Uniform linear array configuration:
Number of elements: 24
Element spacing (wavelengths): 0.25
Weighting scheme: kaiser
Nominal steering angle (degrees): -30
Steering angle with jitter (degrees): -30.426
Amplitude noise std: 0.05
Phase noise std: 0.05

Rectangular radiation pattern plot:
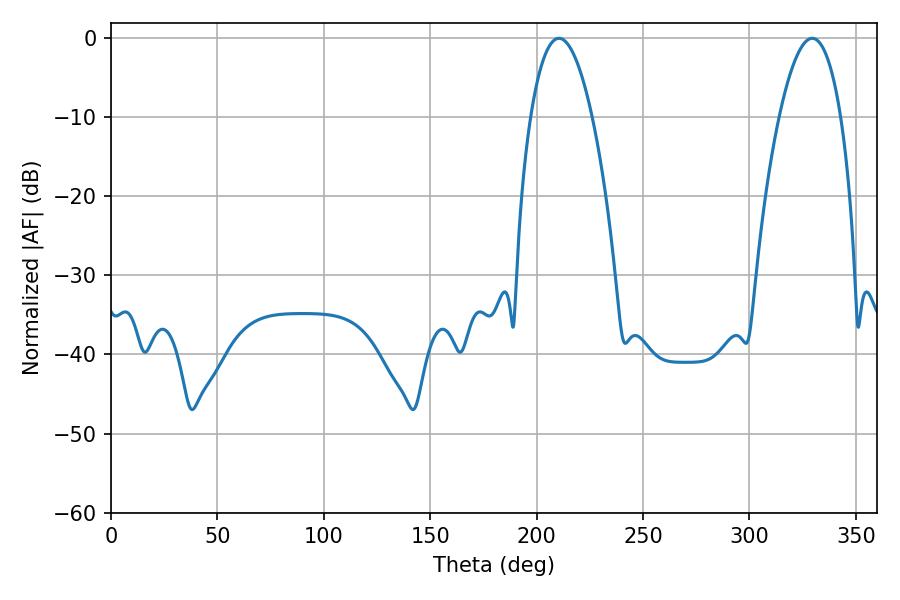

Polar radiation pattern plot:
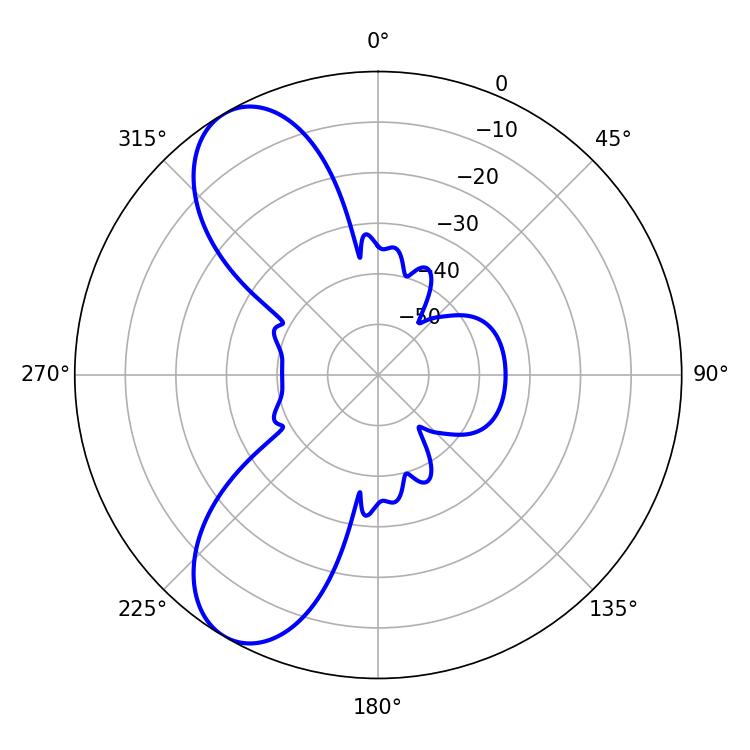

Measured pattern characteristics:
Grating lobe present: FALSE
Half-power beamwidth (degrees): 16.02
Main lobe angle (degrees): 210.42